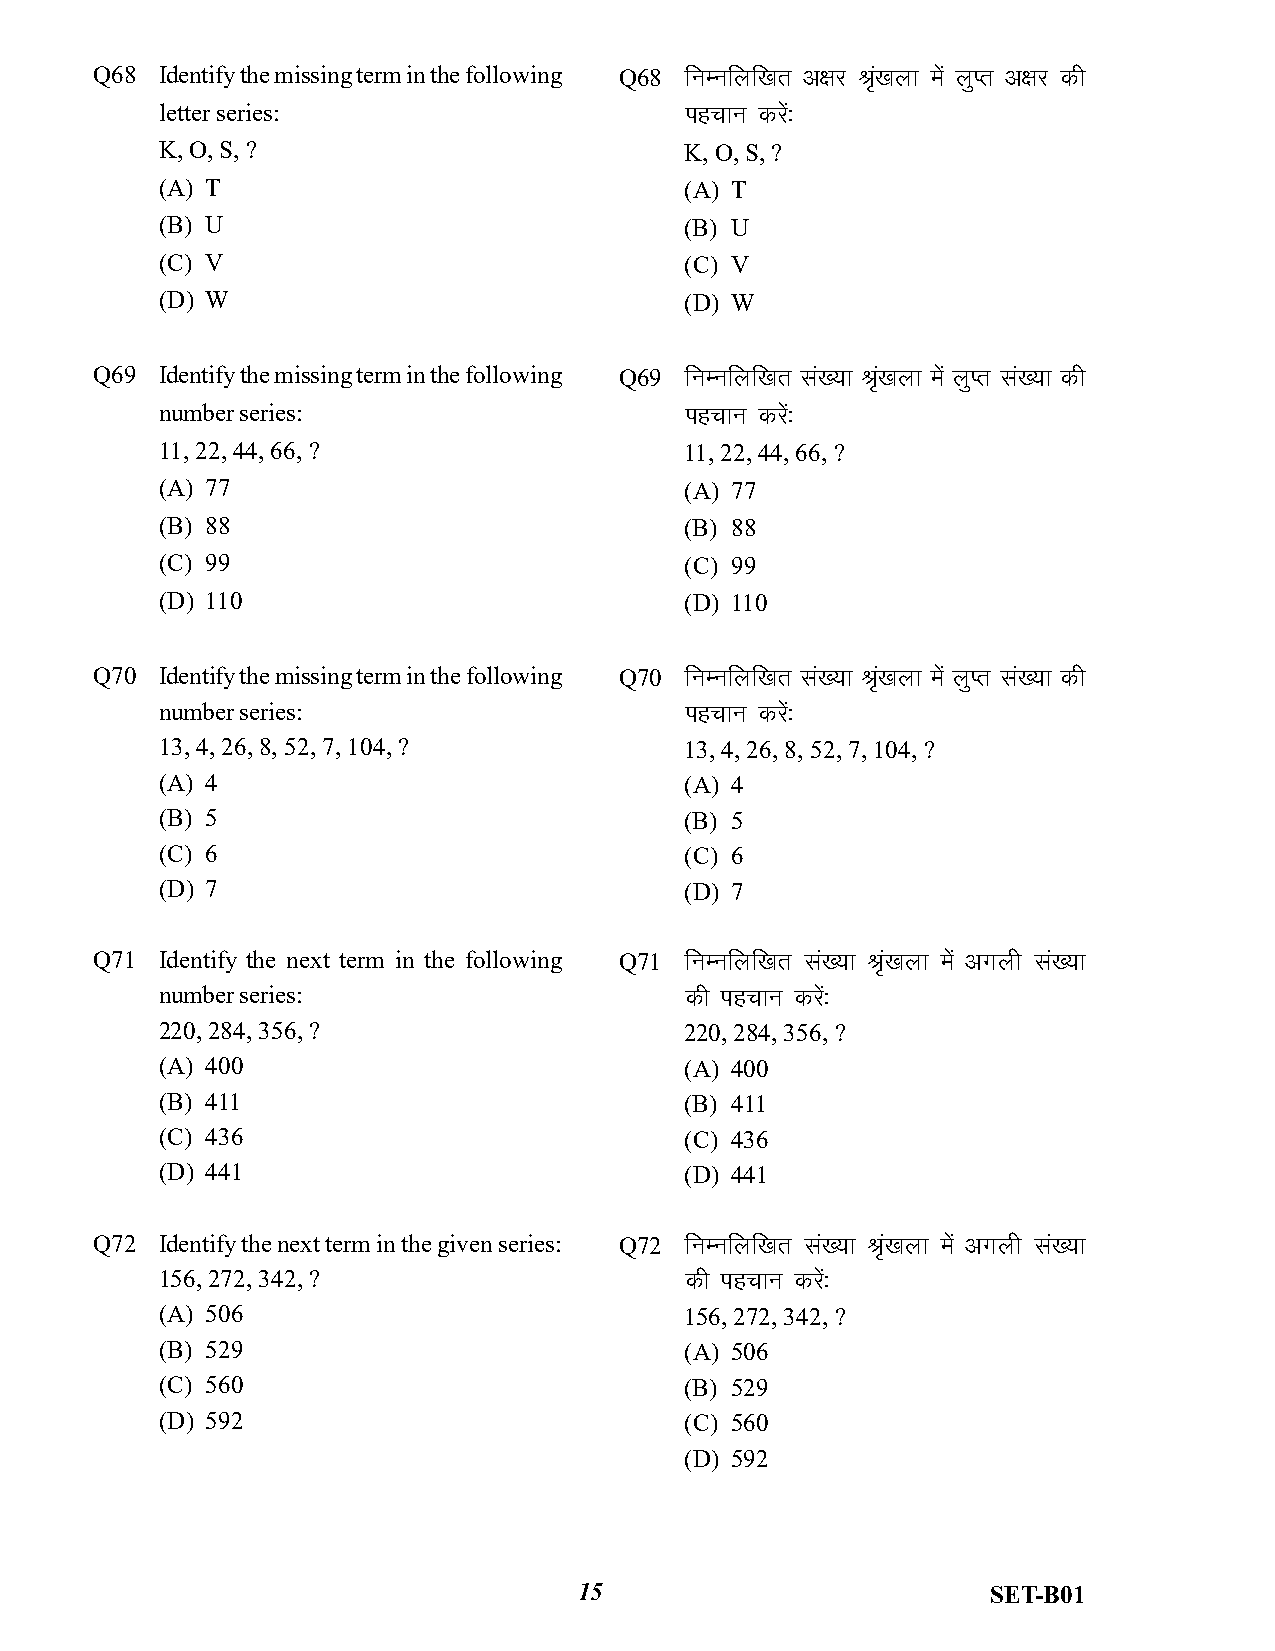
Q68  Identify the missing term in the following Q68 fuEufyf[kr v{kj J`[a kyk e as yqIr v{kj dh
 letter series:                    igpku dja%s
 K, O, S, ?                        K, O, S, ?
 (A) T                             (A) T
 (B) U                             (B) U
 (C) V                             (C) V
 (D) W                             (D) W
 Q69  Identify the missing term in the following Q69 fuEufyf[kr la[;k J`[a kyk e as yqIr la[;k dh
 number series:                    igpku dja%s
 11, 22, 44, 66, ?                 11, 22, 44, 66, ?
 (A) 77                            (A) 77
 (B) 88                            (B) 88
 (C) 99                            (C) 99
 (D) 110                           (D) 110
 Q70  Identify the missing term in the following Q70 fuEufyf[kr la[;k J`[a kyk e as yqIr la[;k dh
 number series:                    igpku dja%s
 13, 4, 26, 8, 52, 7, 104, ?       13, 4, 26, 8, 52, 7, 104, ?
 (A) 4                             (A) 4
 (B) 5                             (B) 5
 (C) 6                             (C) 6
 (D) 7                             (D) 7
 Q71  Identify the next term in the following Q71 fuEufyf[kr la[;k J`a[kyk e as vxyh la[;k
 number series:                    dh igpku dja%s
 220, 284, 356, ?                  220, 284, 356, ?
 (A) 400                           (A) 400
 (B) 411                           (B) 411
 (C) 436                           (C) 436
 (D) 441                           (D) 441
 Q72  Identify the next term in the given series: Q72 fuEufyf[kr la[;k J`a[kyk e as vxyh la[;k
 156, 272, 342, ?                  dh igpku dja%s
 (A) 506                           156, 272, 342, ?
 (B) 529                           (A) 506
 (C) 560                           (B) 529
 (D) 592                           (C) 560
 (D) 592
 15                          SET-B01